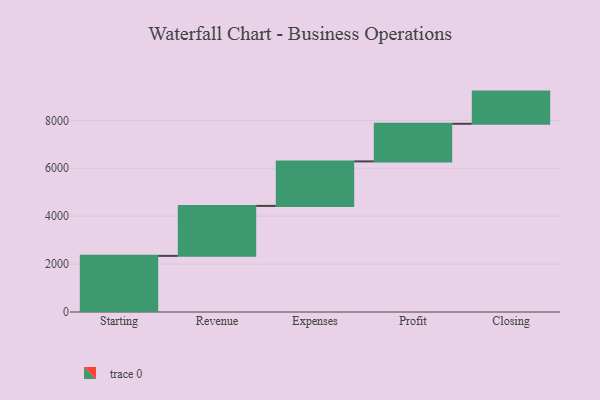
{"axis": {"x": "Step", "y": "Value"}, "legend": [""], "data": [{"x": "Starting", "y": 2343.0, "type": ""}, {"x": "Revenue", "y": 2085.0, "type": ""}, {"x": "Expenses", "y": 1858.0, "type": ""}, {"x": "Profit", "y": 1570.0, "type": ""}, {"x": "Closing", "y": 1343.0, "type": ""}]}